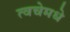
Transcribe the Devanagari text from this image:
त्वचेमधे